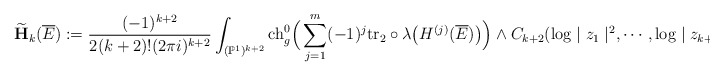
\begin{align*}\widetilde{\mathbf{H}}_k(\overline{E}):=\frac{(-1)^{k+2}}{2(k+2)!(2\pi i)^{k+2}}&\int_{(\mathbb{P}^1)^{k+2}}{\rm ch}_g^0\Big(\sum_{j=1}^m(-1)^j{\rm tr}_2\circ \lambda\big(H^{(j)}(\overline{E})\big)\Big)\wedge C_{k+2}(\log\mid z_1\mid^2,\cdots,\log\mid z_{k+2}\mid^2),\end{align*}